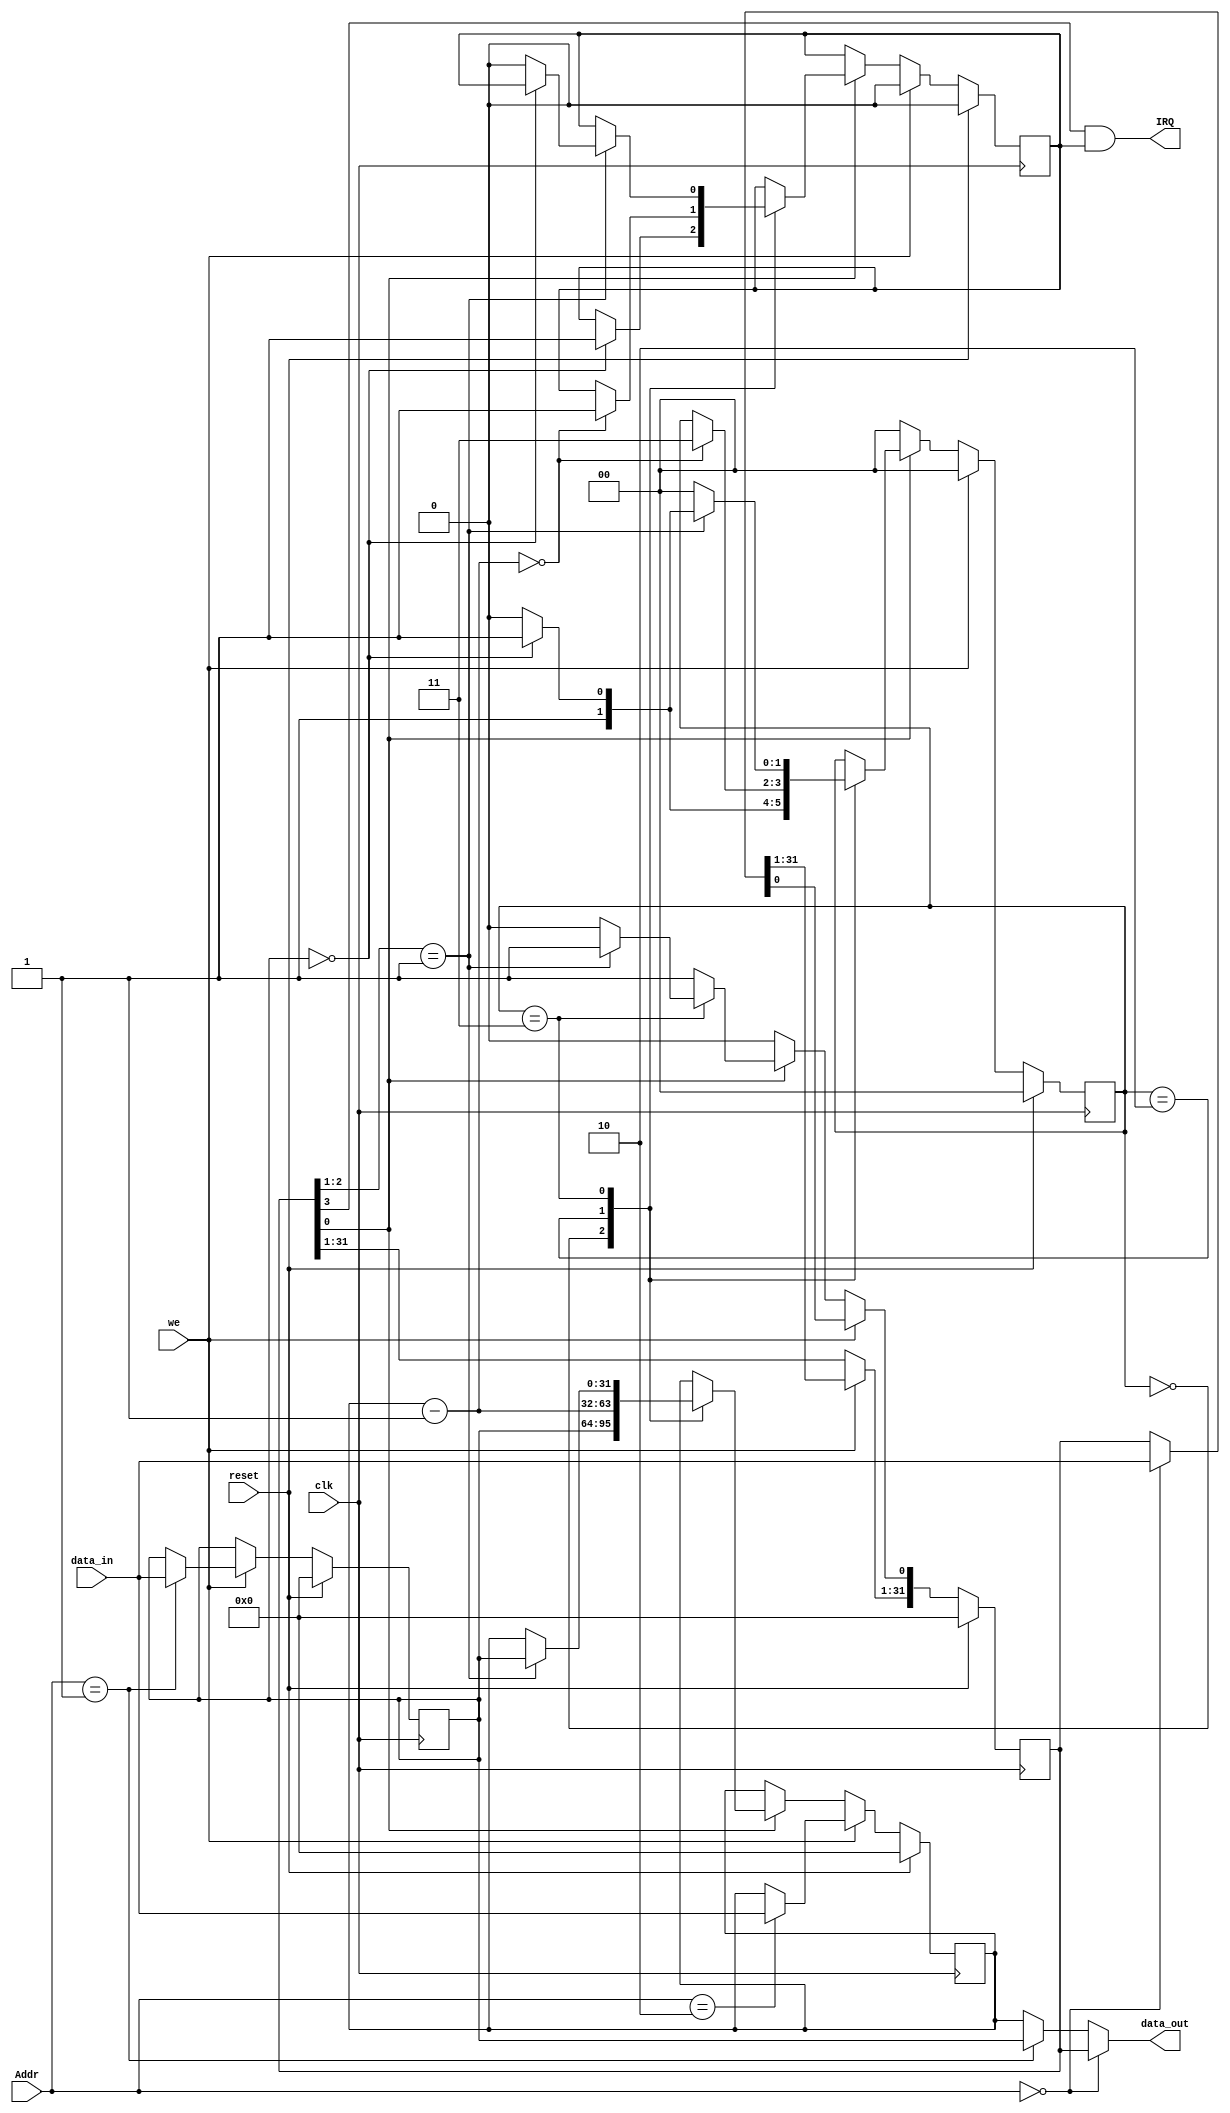
`timescale 1ns / 1ps
//////////////////////////////////////////////////////////////////////////////////
// Company: 
// Engineer: 
// 
// Design Name: 
// Module Name:    timer1 
// Project Name: 
// Target Devices: 
// Tool versions: 
// Description: 
//
// Dependencies: 
//
// Revision: 
// Revision 0.01 - File Created
// Additional Comments: 
//
//////////////////////////////////////////////////////////////////////////////////
`define IDLE 2'b00
`define LOAD 2'b01
`define COUNTING 2'b10
`define INT 2'b11	



module timer1(
	 input clk,
    input reset,
    input [3:2] Addr,
    input we,
    input [31:0] data_in,
    output [31:0] data_out,
    output IRQ
    );
	 
	  reg [1:0] State;	//
	 reg [31:0] Ctrl; //Addr = 0
	 reg [31:0] Preset;//Addr = 1
	 reg [31:0] Count;//Addr = 2
	 
	 reg Int;
	 
	 wire [1:0] Mode;
	 wire Enable;
	 
	 assign Mode = Ctrl[2:1];
	 assign Enable = Ctrl[0];
	
	 always@(posedge clk)begin
			if(reset)begin
				State  = `IDLE;
				Ctrl   = 0;
				Preset = 0;
				Count  = 0;
				Int = 0;
			end
			
			else begin
				if(we)begin
					case(Addr)
						2'b00: Ctrl = data_in;
						2'b01: Preset = data_in;
						2'b10: Count = data_in;
					endcase
					
					State = `IDLE;
					Int = 0;
				end
				
				else begin
					if(Enable == 0) State = `IDLE;
					else begin
						case(State)
							`IDLE: begin
										Count = Preset;
										if(Count ==0) begin 
											State = `INT;
											Int = 1;
										end
										else State = `COUNTING;
									 end
							`COUNTING:begin
											Count = Count - 1;
											if(Count == 0) begin 
												State = `INT;
												Int = 1;
											end
										 end
							`INT:begin
									 if(Mode == 1)begin
										Count = Preset;
										if(Count ==0) State = `INT;
										else begin 
											State = `COUNTING;
											Int = 0;
										end
									 end//1
									 
									 else begin
										Ctrl[0] = 0;				//	Enable
										State = `IDLE;
									 end//0
								  end
						endcase
					end// the end of enable
				
				end // the end of we
			end	//the end of reset
	 end //the end of always
	 
	 assign IRQ = Ctrl[3] && Int;
	 assign data_out = (Addr == 2'b00)? Ctrl  :
							 (Addr == 2'b01)? Preset:
													Count ;


endmodule